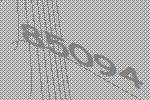
85094